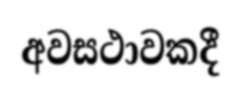
අවසථාවකදී